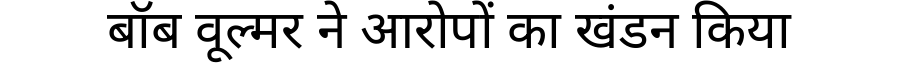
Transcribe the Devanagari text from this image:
बॉब वूल्मर ने आरोपों का खंडन किया